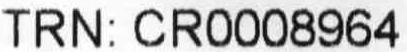
TRN: CR0008964